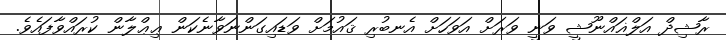
ރާޝިދް އަލްޣައްނޫޝީ ވަނީ ވަރަށް އަވަހަށް އެނބުރި ޤައުމަށް ވަޑައިގަންނަވާނެކަން ޢިޢްލާން ކުރައްވާފައެވެ.